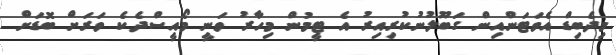
މިދެބިޑް އެވަޓަންއިން ގަބޫލުނުކުރިއިރު އެ ޓީމުން މިހާރު ވަނީ މޯއީސްދެކެ ވަރަށް ބޮޑަށް